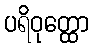
ပရိဝုတ္ထော